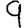
Digit: 9